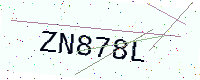
Text: ZN878L